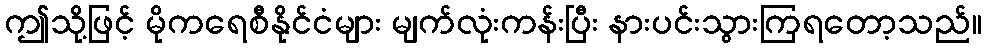
ဤသို့ဖြင့် မိုကရေစီနိုင်ငံများ မျက်လုံးကန်းပြီး နားပင်းသွားကြရတော့သည်။